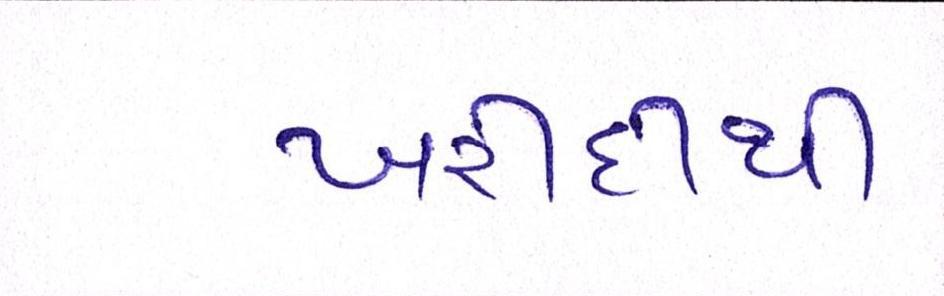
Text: ખરીદીથી